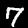
Label: 7